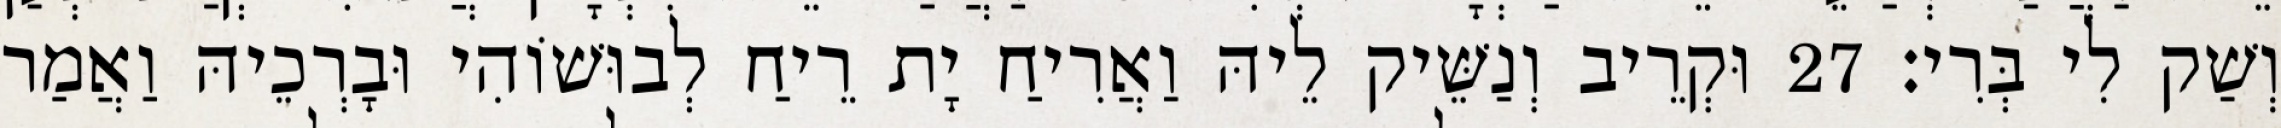
וְשַׁק לִי בְּרִי׃ 27 וּקְרֵיב וְנַשֵּׁיק לֵיהּ וַאֲרִיחַ יָת רֵיחַ לְבוּשׁוֹהִי וּבָרְכֵיהּ וַאֲמַר